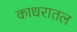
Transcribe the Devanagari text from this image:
काधरातल